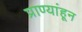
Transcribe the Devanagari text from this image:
प्राण्यांहून